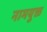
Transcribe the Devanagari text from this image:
नामयुक्त